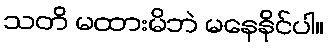
သတိ မထားမိဘဲ မနေနိုင်ပါ။